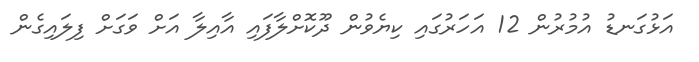
އަޅުގަނޑު އުމުރުން 12 އަހަރުގައި ކިޔެވުން ދޫކޮށްލާފައި އާއިލާ އަށް ވަގަށް ފިލައިގެން